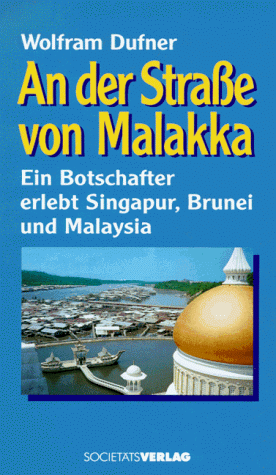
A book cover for An der Strasse von Malakka: Ein Botschafter erlebt Singapur, Brunei und Malaysia (German Edition); Wolfram Dufner; Travel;